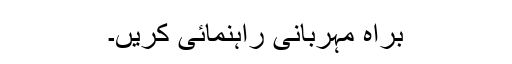
براہ مہربانی راہنمائی کریں۔